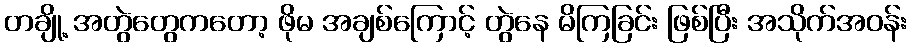
တချို့ အတွဲတွေကတော့ ဖိုမ အချစ်ကြောင့် တွဲနေ မိကြခြင်း ဖြစ်ပြီး အသိုက်အဝန်း